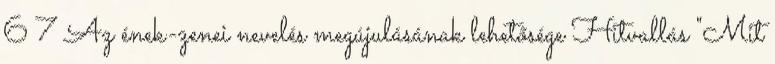
6 7 Az ének-zenei nevelés megújulásának lehetősége Hitvallás "Mit